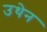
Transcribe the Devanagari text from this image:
उथेन